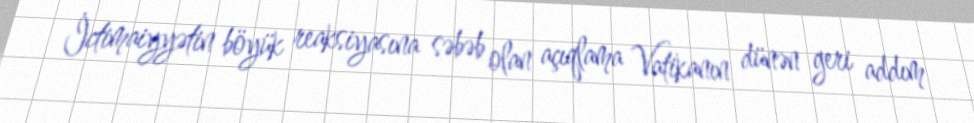
İctimaiyyətin böyük reaksiyasına səbəb olan açıqlama Vatikanın dünən geri addım